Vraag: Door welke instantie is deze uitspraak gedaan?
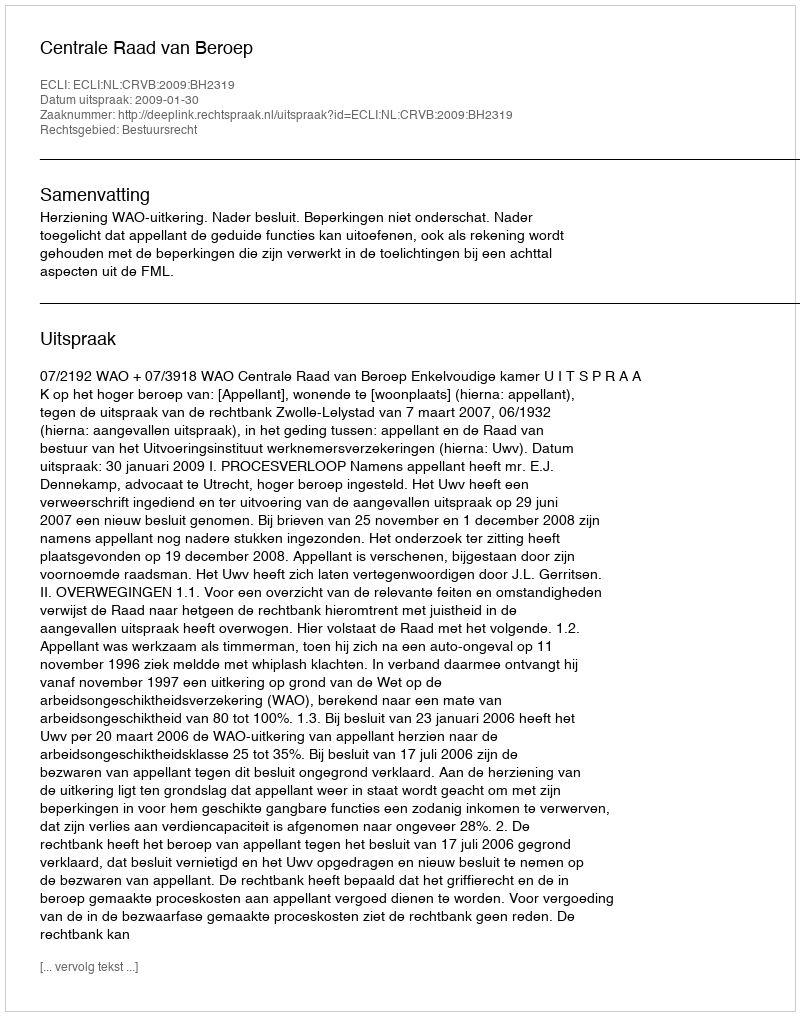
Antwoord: Centrale Raad van Beroep